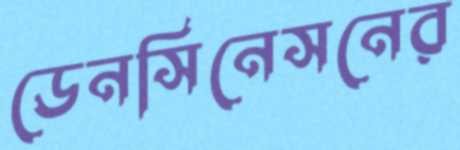
ডেনসিনেসনের